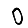
Digit: 0